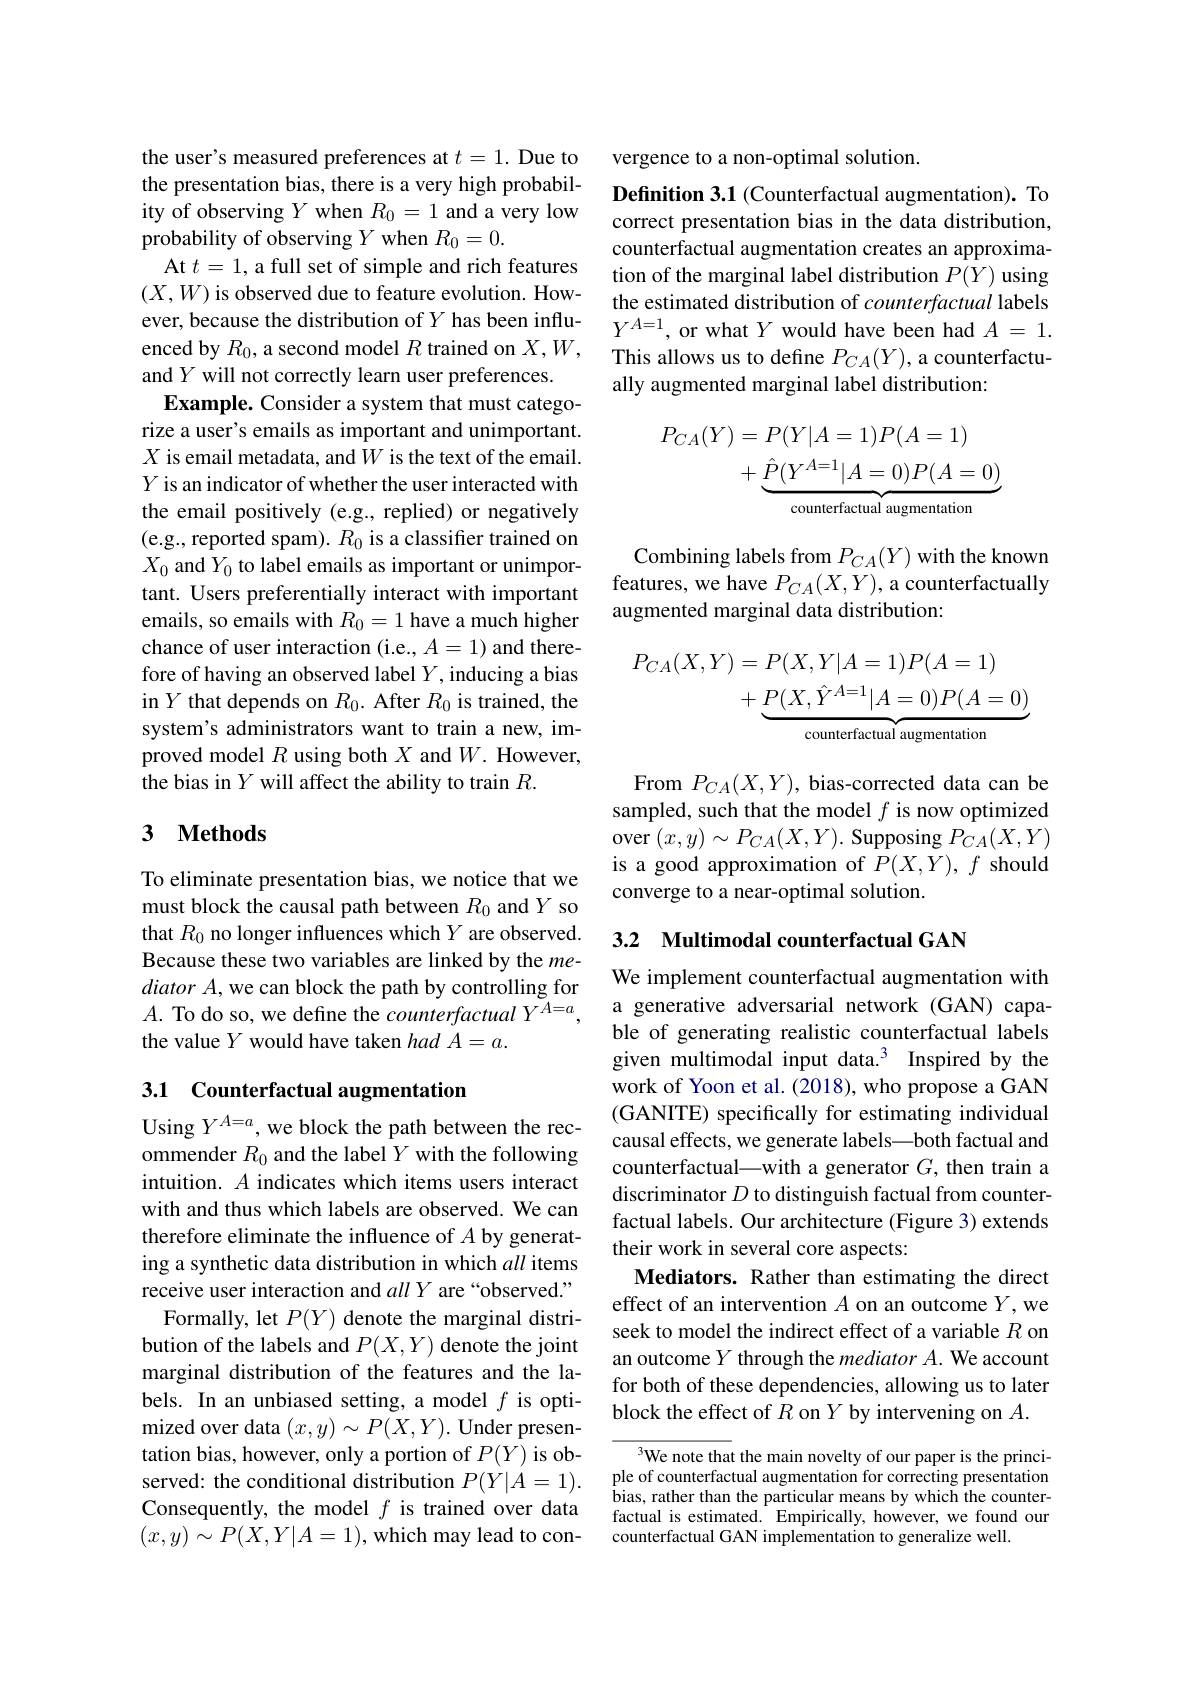
the user's measured preferences at $t=1.$ Due to the presentation bias, there is a very high probability of observing $Y$ when $R_0=1$ and a very low probability of observing $Y$ when $R_0=0.$
At $t=1$, a full set of simple and rich features $(X,W)$ is observed due to feature evolution. However, because the distribution of $Y$ has been influenced by $R_0$, a second model $R$ trained on $X,W$, and $Y$ will not correctly learn user preferences.
Example. Consider a system that must categorize a user's emails as important and unimportant. $X$ is email metadata, and $W$ is the text of the email. $Y$ is an indicator of whether the user interacted with the email positively (e.g., replied) or negatively (e.g., reported spam). $R_0$ is a classifier trained on $X_0$ and $Y_0$ to label emails as important or unimportant. Users preferentially interact with important emails, so emails with $R_0=1$ have a much higher chance of user interaction (i.e., $A=1)$ and therefore of having an observed label $Y$, inducing a bias in $Y$ that depends on $R_0.$ After $R_0$ is trained, the system's administrators want to train a new, improved model $R$ using both $X$ and $W.$ However, the bias in $Y$ will affect the ability to train $R.$

### 3 $\textbf{Methods}$

To eliminate presentation bias, we notice that we must block the causal path between $R_0$ and $Y$ so that $R_0$ no longer influences which $Y$ are observed. Because these two variables are linked by the me- $diatorA$,we can block the path by controlling for $A.$ To do so, we define the counterfactual $Y^{A= a}$, a generative adversarial network(GAN) capa-
the value $Y$ would have taken $hadA=a.$

## 3.1 Counterfactual augmentation

Using $Y^A=a$, we block the path between the recommender $R_0$ and the label $Y$ with the following intuition. $A$ indicates which items users interact with and thus which labels are observed. We can therefore eliminate the influence of $A$ by generating a synthetic data distribution in which all items receive user interaction and allY are “observed.”
Formally, let $P(Y)$ denote the marginal distribution of the labels and $P(X,Y)$ denote the joint marginal distribution of the features and the labels. In an unbiased setting, a model $f$ is optimized over data $(x,y)\sim P(X,Y).$ Under presentation bias, however, only a portion of $P(Y)$ is observed: the conditional distribution $P(Y|A=1).$ Consequently, the model $f$ is trained over data $(x,y)\sim P(X,Y|A=1)$,which may lead to con-

vergence to a non-optimal solution.

Definition 3.1 (Counterfactual augmentation). To correct presentation bias in the data distribution, counterfactual augmentation creates an approximation of the marginal label distribution $P(Y)$ using the estimated distribution of counterfactual labels $Y^{A=1}$, or what $Y$ would have been had $A=1.$ This allows us to define $P_CA(Y)$, a counterfactually augmented marginal label distribution:
$$\begin{aligned}P_{CA}(Y)&=P(Y|A=1)P(A=1)\\&+\underbrace{\hat P(Y^{A=1}|A=0)P(A=0)}_{\text{counterfactual augmentation}}\end{aligned}$$
Combining labels from $P_{CA}(Y)$ with the known features, we have $P_CA(X,Y)$, a counterfactually augmented marginal data distribution:
$$\begin{aligned}P_{CA}(X,Y)&=P(X,Y|A=1)P(A=1)\\&+\underbrace{P(X,\hat{Y}^{A=1}|A=0)P(A=0)}_{\text{counterfactual augmentation}}\end{aligned}$$
From $P_{CA}(X,Y)$, bias-corrected data can be sampled, such that the model $f$ is now optimized over $(x,y)\sim P_{CA}(X,Y).$ Supposing $P_CA(X,Y)$ is a good approximation of $P(X,Y),f$ should converge to a near-optimal solution.

## 3.2 Multimodal counterfactual GAN

We implement counterfactual augmentation with ble of generating realistic counterfactual labels given multimodal input data.$^3$ Inspired by the work of Yoon et al. (2018), who propose a GAN (GANITE) specifically for estimating individual causal effects, we generate labels—both factual and counterfactual\_with a generator $G$, then train a discriminator $D$ to distinguish factual from counterfactual labels. Our architecture (Figure 3) extends their work in several core aspects:
Mediators. Rather than estimating the direct effect of an intervention $A$ on an outcome $Y$,we seek to model the indirect effect of a variable $R$ on an outcome $Y$ through the mediator A. We account for both of these dependencies, allowing us to later block the effect of $R$ on $Y$ by intervening on $A.$

3We note that the main novelty of our paper is the principle of counterfactual augmentation for correcting presentation bias, rather than the particular means by which the counterfactual is estimated. Empirically, however, we found our counterfactual GAN implementation to generalize well.